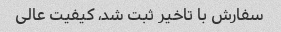
سفارش با تاخیر ثبت شد، کیفیت عالی